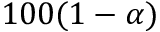
1 0 0 ( 1 - \alpha )